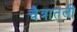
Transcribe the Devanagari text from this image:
चैत्रातली